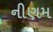
નીણમ